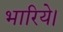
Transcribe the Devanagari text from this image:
भारिये।